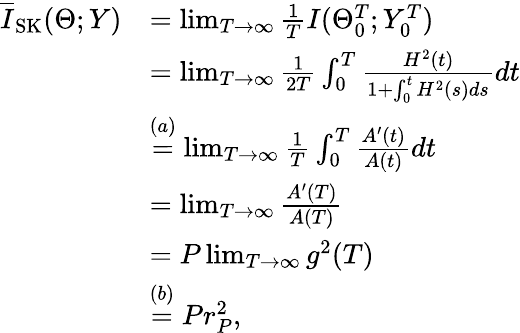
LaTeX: \begin{array}{rl}{\overline{{I}}_{\mathrm{SK}}(\Theta;Y)}&{=\operatorname*{lim}_{T\to\infty}\frac{1}{T}I(\Theta_{0}^{T};Y_{0}^{T})}\\ &{=\operatorname*{lim}_{T\to\infty}\frac{1}{2T}\int_{0}^{T}\frac{H^{2}(t)}{1+\int_{0}^{t}H^{2}(s)ds}dt}\\ &{\overset{(a)}{=}\operatorname*{lim}_{T\to\infty}\frac{1}{T}\int_{0}^{T}\frac{A^{\prime}(t)}{A(t)}dt}\\ &{=\operatorname*{lim}_{T\to\infty}\frac{A^{\prime}(T)}{A(T)}}\\ &{=P\operatorname*{lim}_{T\to\infty}g^{2}(T)}\\ &{\overset{(b)}{=}Pr_{P}^{2},}\end{array}